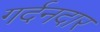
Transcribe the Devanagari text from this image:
गर्दनदार